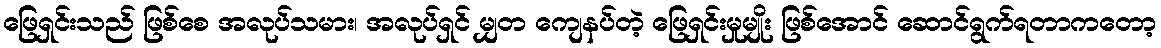
ဖြေရှင်းသည် ဖြစ်စေ အလုပ်သမား၊ အလုပ်ရှင် မျှတ ကျေနပ်တဲ့ ဖြေရှင်းမှုမျိုး ဖြစ်အောင် ဆောင်ရွက်ရတာကတော့